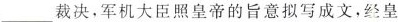
___裁决，军机大臣照皇帝的旨意拟写成文，经皇